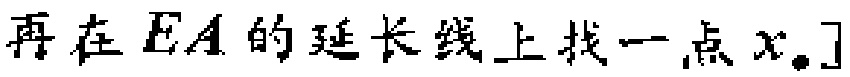
再在\(EA\)的延长线上找一点\(x\)。]